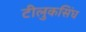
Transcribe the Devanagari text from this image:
टीलुकसिंघ